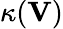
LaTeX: \kappa(\mathbf{V})